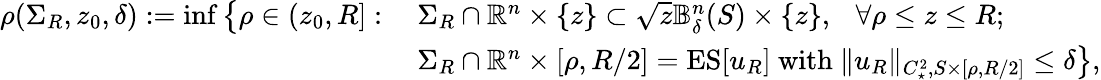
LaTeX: \begin{array}{rl}{\rho(\Sigma_{R},z_{0},\delta):=\operatorname*{inf}\big\{ \rho\in(z_{0},R]:}&{\ \Sigma_{R}\cap\mathbb{R}^{n}\times\{ z\} \subset\sqrt{z}\mathbb{B}_{\delta}^{n}(S)\times\{ z\} ,\ \ \ \forall\rho\leq z\leq R;}\\ &{\ \Sigma_{R}\cap\mathbb{R}^{n}\times[\rho,R/2]=\mathrm{ES}[u_{R}]\mathrm{~with~}\| u_{R}\| _{C_{\star}^{2},S\times[\rho,R/2]}\leq\delta\big\} ,}\end{array}